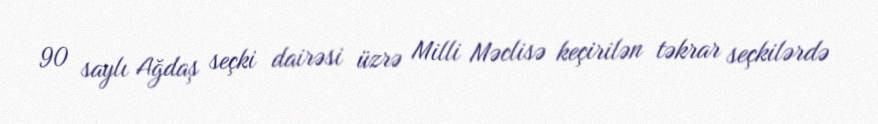
90 saylı Ağdaş seçki dairəsi üzrə Milli Məclisə keçirilən təkrar seçkilərdə